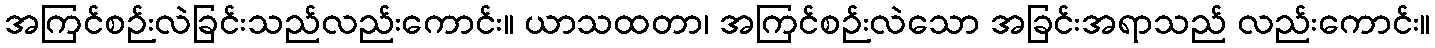
အကြင်စဉ်းလဲခြင်းသည်လည်းကောင်း။ ယာသထတာ၊ အကြင်စဉ်းလဲသော အခြင်းအရာသည် လည်းကောင်း။